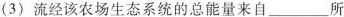
(3)流经该农场生态系统的总能量来自___所